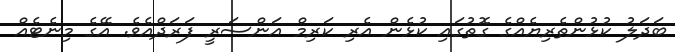
ބަދަލު ކުޅުންތެރިޔެއްގެ ގޮތުގައި ކުޅެން އެރި ކަރިމް އަންސަރީ ފަރަދްއެވެ. އޭގެ މިނެޓެއް